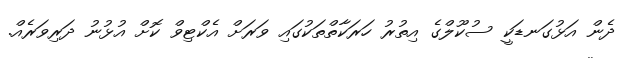
ދެން އަޅުގަނޑަކީ ސުކޫލްގެ އިތުރު ހަރަކާތްތަކުގައި ވަރަށް އެކްޓިވް ކޮށް އުޅުނު ދަރިވަރެއް.